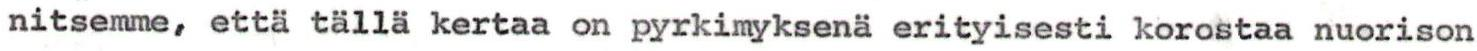
nitsemme, että tällä kertaa on pyrkimyksenä erityisesti korostaa nuorison